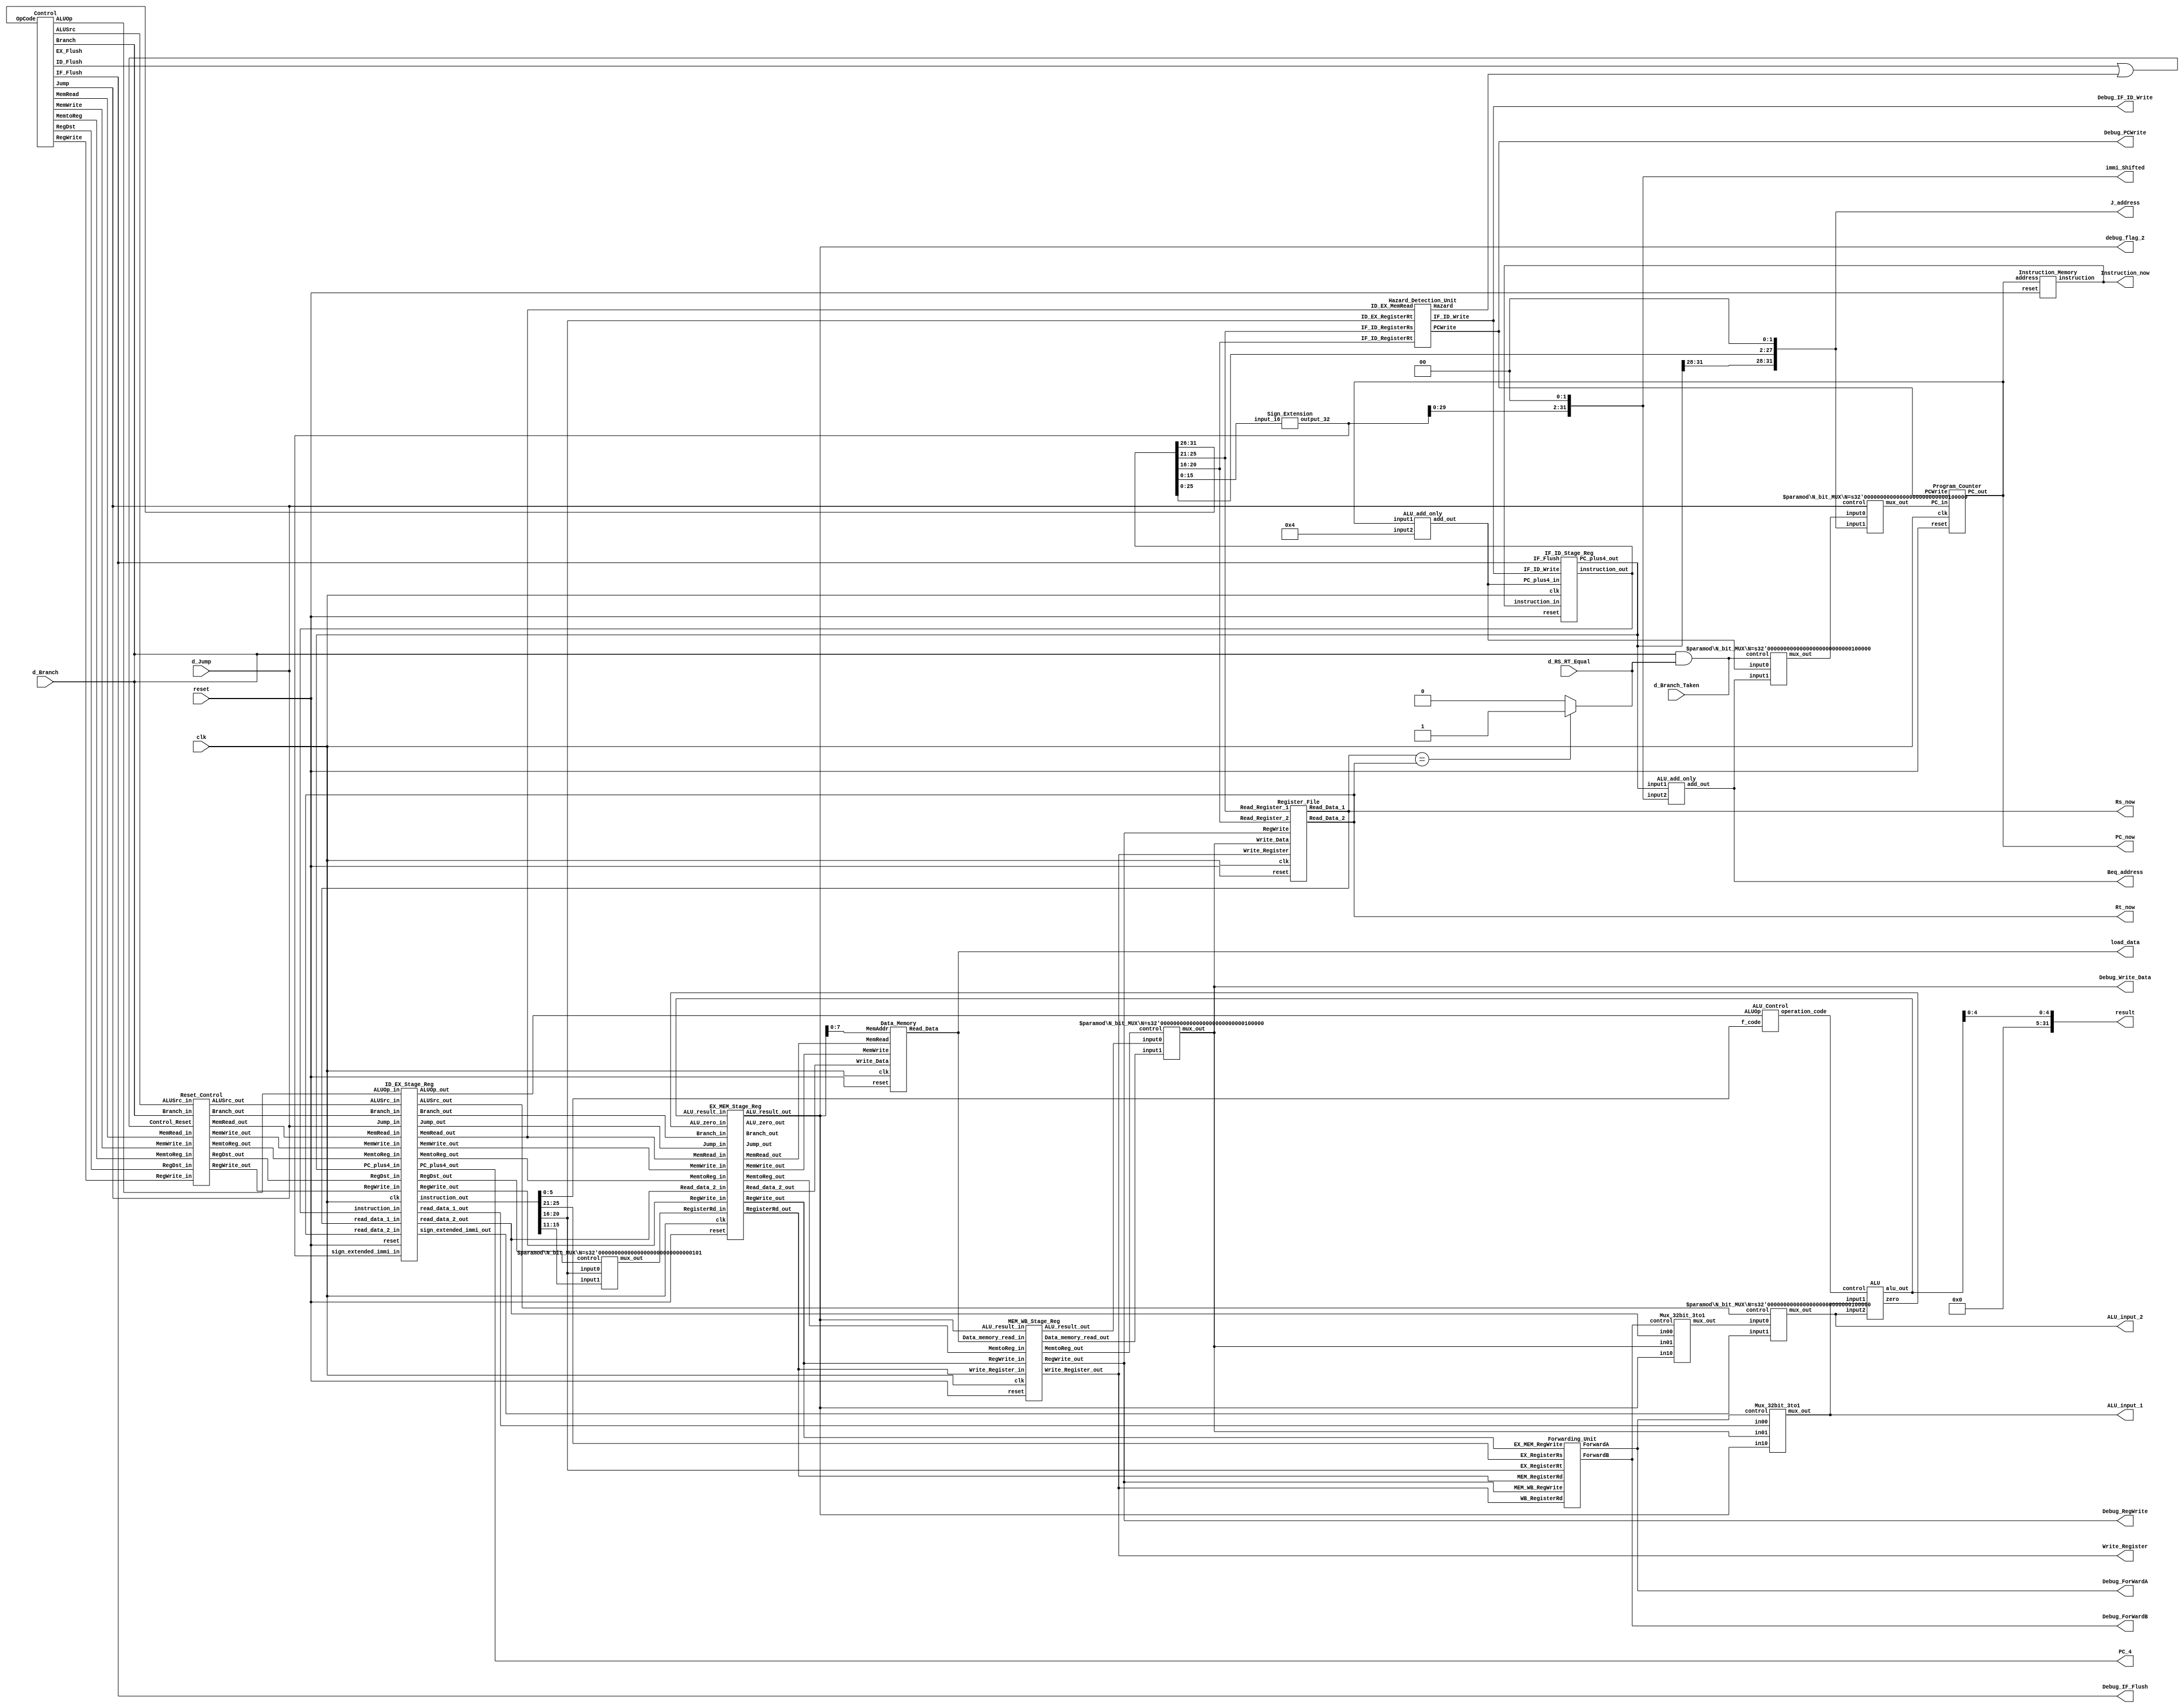
`timescale 1ns / 1ps
//////////////////////////////////////////////////////////////////////////////////
// Company: 
// Engineer: 
// 
// Design Name: 
// Module Name:    advanced_pipeline 
// Project Name: 
// Target Devices: 
// Tool versions: 
// Description: 
//
// Dependencies: 
//
// Revision: 
// Revision 0.01 - File Created
// Additional Comments: 
//
//////////////////////////////////////////////////////////////////////////////////

module advanced_pipeline (clk, reset, result, PC_now,
	d_Branch, d_Jump, d_RS_RT_Equal, d_Branch_Taken,
	Instruction_now, Rs_now, Rt_now, 
	ALU_input_1, ALU_input_2, immi_Shifted, PC_4,
	load_data, Beq_address, J_address, Write_Register,
	debug_flag_2, Debug_RegWrite, Debug_Write_Data,
	Debug_PCWrite, Debug_IF_ID_Write, Debug_IF_Flush,
	Debug_ForWardA, Debug_ForWardB);

	input clk, reset;
	output [31:0] result, PC_now; // ALU result, current PC value for Debugging
	input d_Branch, d_Jump, d_RS_RT_Equal, d_Branch_Taken;
	output [31:0] load_data; // Data_memory_read
	output [31:0] Instruction_now; // Fetch stage instruction 
	output [31:0] Rs_now, Rt_now; // output from Register File 
	output [31:0] ALU_input_1, ALU_input_2; // ALU inputs
	output [31:0] PC_4, Beq_address, immi_Shifted; // for Branch Address Debugging
	output [31:0] J_address; // Jump Address
	output [4:0] Write_Register; // Rd value
	output [31:0] debug_flag_2, Debug_Write_Data; // ALU_result in MEM stage, Write_Data for Register File
	output Debug_RegWrite; // RegWrite Op Flag
	output Debug_PCWrite, Debug_IF_ID_Write, Debug_IF_Flush;

	output [1:0] Debug_ForWardA, Debug_ForWardB;


	// IF stage
	wire [31:0] PC_in;
	wire [31:0] PC_out;
	wire [31:0] PC_plus4;
	wire [31:0] IF_instruction;
	wire [31:0] Branch_MUX_output;
	wire [31:0] Jump_MUX_output;
	wire PCWrite;
	wire IF_ID_Write;
	wire Branch_taken;

	// ID stage
	wire [31:0] ID_PC_plus4;
	wire [31:0] ID_instruction;
	wire [31:0] Read_data_1, Read_data_2;
	wire [31:0] sign_extended_immi;
	wire [31:0] Jump_Address;
	wire [31:0] ID_Shifted_immi;
	wire [31:0] ID_Branch_addr;
	wire ALUSrc, RegWrite;
	wire RegDst, Jump, Branch;
	wire MemRead, MemtoReg, MemWrite;
	wire RegDst_t, Jump_t, Branch_t;
	wire MemRead_t, MemtoReg_t, MemWrite_t;
	wire IF_Flush, ID_Flush, EX_Flush;
	wire Rs_Rt_equal;
	wire [1:0] ALUOp;
	wire Hazard, Control_Reset;

	// EX stage
	wire [31:0] EX_PC_plus4;
	wire [31:0] EX_instruction;
	wire [31:0] EX_Read_data_1, EX_Read_data_2;
	wire [31:0] EX_sign_extended_immi;
	wire EX_ALUSrc, EX_RegWrite;
	wire EX_RegDst, EX_Jump, EX_Branch;
	wire EX_MemRead, EX_MemtoReg, EX_MemWrite;
	wire [1:0] EX_ALUOp;
	wire [4:0] EX_Write_Register;
	wire [3:0] operation_code;

	wire [31:0] Branch_addr;
	wire [31:0] Shifted_immi;
	wire [31:0] ALU_input_B;
	wire [31:0] ALU_result;
	wire ALU_zero;

	wire [1:0] ForwardA, ForwardB;
	wire [31:0] muxA_out, muxB_out;


	// MEM stage
	wire [31:0] MEM_ALU_result, MEM_Read_data_2;
	wire [4:0] MEM_Write_Register;
	wire [31:0] Data_memory_read;
	wire [31:0] MEM_Branch_addr;
	wire MEM_RegWrite, MEM_MemtoReg, MEM_Branch;
	wire MEM_MemRead, MEM_MemWrite, MEM_Jump;
	wire MEM_ALU_zero;
	wire PCSrc;

	// WB stage
	wire [31:0] WB_Data_memory_read, WB_ALU_result;
	wire [4:0] WB_Write_Register;
	wire [31:0] WB_Write_Data;
	wire WB_RegWrite, WB_MemtoReg;

	//////////////////////////////////
	//// Instruction Fetch stage /////
	//////////////////////////////////
	Program_Counter program_counter (.clk(clk), .reset(reset),
	 .PC_in(PC_in), .PC_out(PC_out), .PCWrite(PCWrite));
	Instruction_Memory instruction_memory (.address(PC_out),
	 .instruction(IF_instruction), .reset(reset));
	ALU_add_only pc_add_4 (.input1(PC_out), .input2(32'b0100), .add_out(PC_plus4));
	
	assign Debug_PCWrite = PCWrite;
	assign Debug_IF_Flush = IF_Flush;

	assign Branch_taken = Branch & Rs_Rt_equal;
	N_bit_MUX #(32) branch_mux (.input0(PC_plus4), .input1(ID_Branch_addr), 
	 .mux_out(Branch_MUX_output), .control(Branch_taken));
	N_bit_MUX #(32) jump_mux (.input0(Branch_MUX_output), .input1(Jump_Address), 
	 .mux_out(PC_in), .control(Jump));

	assign d_Jump = Jump;
	assign d_Branch = Branch;
	assign d_RS_RT_Equal = Rs_Rt_equal;
	assign d_Branch_Taken = Branch_taken;
	
	IF_ID_Stage_Reg IF_ID_Stage_Unit (.clk(clk), .reset(reset),
	 .IF_ID_Write(IF_ID_Write), .IF_Flush(IF_Flush),
	 .PC_plus4_in(PC_plus4), .PC_plus4_out(ID_PC_plus4),
	 .instruction_in(IF_instruction), .instruction_out(ID_instruction));
	
	assign PC_now = PC_out;
	assign Instruction_now = IF_instruction;
	assign Debug_IF_ID_Write = IF_ID_Write;

	//////////////////////////////////
	//// Instruction Decode stage ////
	//////////////////////////////////

	assign Debug_RegWrite = WB_RegWrite;
	assign Debug_Write_Data = WB_Write_Data;

	Register_File regfile_Unit (.clk(clk), .reset(reset),
	 .Read_Register_1(ID_instruction[25:21]), 
	 .Read_Register_2(ID_instruction[20:16]), 
	 .Write_Register(WB_Write_Register), .Write_Data(WB_Write_Data),
	 .Read_Data_1(Read_data_1), .Read_Data_2(Read_data_2), 
	 .RegWrite(WB_RegWrite));
	assign Rs_Rt_equal = (Read_data_1 == Read_data_2)?1:0;
	assign Jump_Address = {ID_PC_plus4[31:28], ID_instruction[25:0], 2'b00}; 
	Sign_Extension immi_sign_extension (.input_16(ID_instruction[15:0]), .output_32(sign_extended_immi));
	assign ID_Shifted_immi = { sign_extended_immi[29:0], 2'b00 };
	ALU_add_only alu_add_only_unit (.input1(ID_PC_plus4), 
	.input2(ID_Shifted_immi), .add_out(ID_Branch_addr)); 

	assign immi_Shifted = ID_Shifted_immi;
	assign Beq_address = ID_Branch_addr;
	assign J_address = Jump_Address;

 	Hazard_Detection_Unit hazard_detection_unit (.ID_EX_RegisterRt(EX_instruction[20:16]), .ID_EX_MemRead(EX_MemRead), 
	 .IF_ID_RegisterRs(ID_instruction[25:21]), .IF_ID_RegisterRt(ID_instruction[20:16]),
	 .PCWrite(PCWrite), .IF_ID_Write(IF_ID_Write), .Hazard(Hazard));
	Control control_unit (.OpCode(ID_instruction[31:26]),
	 .RegDst(RegDst), .Jump(Jump), .Branch(Branch), 
	 .MemRead(MemRead), .MemtoReg(MemtoReg), .ALUOp(ALUOp), 
	 .MemWrite(MemWrite), .ALUSrc(ALUSrc), .RegWrite(RegWrite),
	 .IF_Flush(IF_Flush), .ID_Flush(ID_Flush), .EX_Flush(EX_Flush));
	
	or (Control_Reset, ID_Flush, Hazard);
	Reset_Control reset_control_unit(
	 .RegDst_in(RegDst), .ALUSrc_in(ALUSrc), .Branch_in(Branch), 
	 .MemRead_in(MemRead), .MemtoReg_in(MemtoReg), 
	 .MemWrite_in(MemWrite), .RegWrite_in(RegWrite), 
	 .RegDst_out(RegDst_t), .ALUSrc_out(ALUSrc_t), .Branch_out(Branch_t), 
	 .MemRead_out(MemRead_t), .MemtoReg_out(MemtoReg_t), 
	 .MemWrite_out(MemWrite_t), .RegWrite_out(RegWrite_t),
	 .Control_Reset(Control_Reset));
	ID_EX_Stage_Reg ID_EX_Stage_Unit (.clk(clk), .reset(reset),
	 .RegWrite_in(RegWrite_t), .RegWrite_out(EX_RegWrite),
	 .MemtoReg_in(MemtoReg_t), .MemtoReg_out(EX_MemtoReg),
	 .Branch_in(Branch_t), .Branch_out(EX_Branch),
	 .MemRead_in(MemRead_t), .MemRead_out(EX_MemRead),
	 .MemWrite_in(MemWrite_t), .MemWrite_out(EX_MemWrite), 
	 .Jump_in(Jump), .Jump_out(EX_Jump),
	 .RegDst_in(RegDst_t), .RegDst_out(EX_RegDst),
	 .ALUSrc_in(ALUSrc_t), .ALUSrc_out(EX_ALUSrc), 
	 .ALUOp_in(ALUOp), .ALUOp_out(EX_ALUOp), 
	 .PC_plus4_in(ID_PC_plus4), .PC_plus4_out(EX_PC_plus4),
	 .read_data_1_in(Read_data_1), .read_data_1_out(EX_Read_data_1),
	 .read_data_2_in(Read_data_2), .read_data_2_out(EX_Read_data_2), 
	 .sign_extended_immi_in(sign_extended_immi), .sign_extended_immi_out(EX_sign_extended_immi), 
	 .instruction_in(ID_instruction), .instruction_out(EX_instruction));

	assign Rs_now = Read_data_1;
	assign Rt_now = Read_data_2;

	//////////////////////////////////
	///////   Execute  stage  ////////
	//////////////////////////////////
	N_bit_MUX #(5) write_reg_mux (.input0(EX_instruction[20:16]), .input1(EX_instruction[15:11]), 
	 .mux_out(EX_Write_Register), .control(EX_RegDst));
	ALU_Control alu_control_unit (.ALUOp(EX_ALUOp), .f_code(EX_instruction[5:0]), .operation_code(operation_code));

	Forwarding_Unit forwarding_unit (.EX_RegisterRs(EX_instruction[25:21]), .EX_RegisterRt(EX_instruction[20:16]), 
	.MEM_RegisterRd(MEM_Write_Register), .WB_RegisterRd(WB_Write_Register), 
	.EX_MEM_RegWrite(MEM_RegWrite), .MEM_WB_RegWrite(WB_RegWrite),
	.ForwardA(ForwardA), .ForwardB(ForwardB));
	Mux_32bit_3to1 ALU_MuxA (.in00(EX_Read_data_1), .in01(WB_Write_Data), .in10(MEM_ALU_result), 
		.mux_out(muxA_out), .control(ForwardA));
	Mux_32bit_3to1 ALU_MuxB (.in00(EX_Read_data_2), .in01(WB_Write_Data), .in10(MEM_ALU_result), 
		.mux_out(muxB_out), .control(ForwardB));

	assign Debug_ForWardA = ForwardA;
	assign Debug_ForWardB = ForwardB;

	N_bit_MUX #(32) alu_input_mux (.input0(muxB_out), .input1(EX_sign_extended_immi), 
	 .mux_out(ALU_input_B), .control(EX_ALUSrc));
	ALU alu_unit (.input1(muxA_out), .input2(ALU_input_B), 
	 .alu_out(ALU_result), .zero(ALU_zero), .control(operation_code));	
	
	EX_MEM_Stage_Reg EX_MEM_Stage_Unit ( .clk(clk), .reset(reset),
	.RegWrite_in(EX_RegWrite), .RegWrite_out(MEM_RegWrite),
	.MemtoReg_in(EX_MemtoReg), .MemtoReg_out(MEM_MemtoReg),
	.Branch_in(EX_Branch), .Branch_out(MEM_Branch),
	.MemRead_in(EX_MemRead), .MemRead_out(MEM_MemRead),
	.MemWrite_in(EX_MemWrite),.MemWrite_out(MEM_MemWrite),
	.Jump_in(EX_Jump), .Jump_out(MEM_Jump),
	.ALU_zero_in(ALU_zero), .ALU_zero_out(MEM_ALU_zero),
	.ALU_result_in(ALU_result), .ALU_result_out(MEM_ALU_result),
	.Read_data_2_in(EX_Read_data_2), .Read_data_2_out(MEM_Read_data_2), 
	.RegisterRd_in(EX_Write_Register), .RegisterRd_out(MEM_Write_Register));

	assign PC_4 = EX_PC_plus4;
	assign ALU_input_1 = muxA_out;
	assign ALU_input_2 = ALU_input_B;
	
	assign result = { 27'b0, ALU_result[4:0]};

	//////////////////////////////////
	///////   Memory  stage  /////////
	//////////////////////////////////
	Data_Memory data_memory_unit (.clk(clk), .reset(reset), .MemAddr(MEM_ALU_result[7:0]), 
	 .Write_Data(MEM_Read_data_2), .Read_Data(Data_memory_read), 
	 .MemRead(MEM_MemRead), .MemWrite(MEM_MemWrite));
	and (PCSrc, MEM_Branch, MEM_ALU_zero);

	assign debug_flag_2 = MEM_ALU_result;
	assign load_data = Data_memory_read;

	MEM_WB_Stage_Reg MEM_WB_Stage_Unit (.clk(clk), .reset(reset),
	.RegWrite_in(MEM_RegWrite), .RegWrite_out(WB_RegWrite), 
	.MemtoReg_in(MEM_MemtoReg), .MemtoReg_out(WB_MemtoReg), 
	.Data_memory_read_in(Data_memory_read), .Data_memory_read_out(WB_Data_memory_read), 
	.ALU_result_in(MEM_ALU_result), .ALU_result_out(WB_ALU_result),
	.Write_Register_in(MEM_Write_Register), .Write_Register_out(WB_Write_Register));
	
	//////////////////////////////////
	///   Write Back stage      //////
	//////////////////////////////////
	N_bit_MUX #(32) write_data_mux (.input0(WB_ALU_result), .input1(WB_Data_memory_read), 
	 .mux_out(WB_Write_Data), .control(WB_MemtoReg));

	assign Write_Register = WB_Write_Register;
endmodule

// IF/ID stage register
module IF_ID_Stage_Reg (clk, reset, 
	PC_plus4_in, PC_plus4_out, 
	instruction_in, instruction_out,
	IF_ID_Write, IF_Flush);

	input clk, reset;
	input [31:0] PC_plus4_in, instruction_in;
	output reg [31:0] PC_plus4_out, instruction_out;

	// Hazard
	input IF_Flush, IF_ID_Write;

	always @(posedge clk or posedge reset) begin

		if (reset) begin
			PC_plus4_out <= 32'b0;
			instruction_out <= 32'b0;
		end

		else if (IF_Flush) begin
			// TODO : Check condition
			// PC_plus4_out <= 32'b0;
			// PC_plus4_out <= PC_plus4_in;
			instruction_out <= 32'b0;
		end	

		else if (IF_ID_Write) begin
			PC_plus4_out <= PC_plus4_in;
			instruction_out <= instruction_in;
		end
	end
	
endmodule


// ID/EX stage register
module ID_EX_Stage_Reg (clk, reset, RegWrite_in, RegWrite_out, MemtoReg_in, MemtoReg_out,
	Branch_in, Branch_out, MemRead_in, MemRead_out, MemWrite_in, MemWrite_out,
	Jump_in, Jump_out, RegDst_in, RegDst_out, ALUSrc_in, ALUSrc_out, ALUOp_in, ALUOp_out,
	PC_plus4_in, PC_plus4_out, read_data_1_in, read_data_1_out, 
	read_data_2_in, read_data_2_out, 
	sign_extended_immi_in, sign_extended_immi_out,
	instruction_in, instruction_out);

	// WB control signal
	input RegWrite_in, MemtoReg_in;
	output reg RegWrite_out, MemtoReg_out;
	// MEM control signal
	input Branch_in, MemRead_in, MemWrite_in, Jump_in;
	output reg Branch_out, MemRead_out, MemWrite_out, Jump_out;
	// EX control signal
	input RegDst_in, ALUSrc_in;
	output reg RegDst_out, ALUSrc_out;
	input [1:0] ALUOp_in;
	output reg [1:0] ALUOp_out;
	// addr content
	input [31:0] PC_plus4_in;
	output reg [31:0] PC_plus4_out;
	// data content
	input [31:0] read_data_1_in, read_data_2_in, sign_extended_immi_in;
	output reg [31:0] read_data_1_out, read_data_2_out, sign_extended_immi_out;
	// reg content
	input [31:0] instruction_in;
	output reg [31:0] instruction_out;
	// general signal
	input clk, reset;
	
	always @(posedge clk or posedge reset) begin
		if (reset) begin
			RegWrite_out <= 1'b0; MemtoReg_out <= 1'b0;
			Branch_out <= 1'b0; MemRead_out <= 1'b0;
			MemWrite_out <= 1'b0; Jump_out <= 1'b0;
			RegDst_out <= 1'b0; ALUSrc_out <= 1'b0;
			ALUOp_out <= 2'b0;

			PC_plus4_out <= 32'b0; 
			read_data_1_out <= 32'b0; read_data_2_out <= 32'b0; 
			sign_extended_immi_out <= 32'b0;
			instruction_out <= 32'b0;	
		end

		else begin
			RegWrite_out <= RegWrite_in; MemtoReg_out <= MemtoReg_in;
			Branch_out <= Branch_in; MemRead_out <= MemRead_in;
			MemWrite_out <= MemWrite_in; Jump_out <= Jump_in;
			RegDst_out <= RegDst_in; ALUSrc_out <= ALUSrc_in;
			ALUOp_out <= ALUOp_in; PC_plus4_out <= PC_plus4_in;
			sign_extended_immi_out <= sign_extended_immi_in;
			read_data_1_out <= read_data_1_in; 
			read_data_2_out <= read_data_2_in;
			instruction_out <= instruction_in;
		end	
	end	
endmodule

// EX/MEM stage register
module EX_MEM_Stage_Reg (clk, reset,
	RegWrite_in, RegWrite_out, MemtoReg_in, MemtoReg_out, 
	Branch_in, Branch_out, MemRead_in, MemRead_out, 
	MemWrite_in, MemWrite_out, Jump_in, Jump_out,
	ALU_zero_in, ALU_zero_out, 
	ALU_result_in, ALU_result_out, Read_data_2_in, Read_data_2_out, 
	RegisterRd_in, RegisterRd_out);

	// WB control signal
	input RegWrite_in, MemtoReg_in;
	output reg RegWrite_out, MemtoReg_out;
	// MEM control signal
	input Branch_in, MemRead_in, MemWrite_in, Jump_in;
	output reg Branch_out, MemRead_out, MemWrite_out, Jump_out;
	// data content
	input ALU_zero_in;
	output reg ALU_zero_out;
	// results
	input [31:0] ALU_result_in, Read_data_2_in;
	output reg [31:0] ALU_result_out, Read_data_2_out;
	// registers
	input [4:0] RegisterRd_in;
	output reg [4:0] RegisterRd_out;
	// general signal
	input clk, reset;

	always @(posedge clk or posedge reset) begin
		if (reset) begin
		  RegWrite_out <= 1'b0; MemtoReg_out <= 1'b0;
		  Branch_out <= 1'b0; MemRead_out <= 1'b0;
		  MemWrite_out <= 1'b0; Jump_out <= 1'b0;
		  ALU_zero_out <= 1'b0;
		  ALU_result_out <= 32'b0; Read_data_2_out <= 32'b0;
		  RegisterRd_out <= 5'b0; 
		end

		else begin
		  RegWrite_out <= RegWrite_in; MemtoReg_out <= MemtoReg_in;
		  Branch_out <= Branch_in; MemRead_out <= MemRead_in;
		  MemWrite_out <= MemWrite_in; Jump_out <= Jump_in;
		  ALU_zero_out <= ALU_zero_in;
		  ALU_result_out <= ALU_result_in; Read_data_2_out <= Read_data_2_in;
		  RegisterRd_out <= RegisterRd_in;
		end

	end

endmodule

// MEM/WB stage register
module MEM_WB_Stage_Reg (RegWrite_in, RegWrite_out,
	MemtoReg_in, MemtoReg_out, 
	Data_memory_read_in, Data_memory_read_out,
	ALU_result_in, ALU_result_out,
	Write_Register_in, Write_Register_out, clk, reset);
	
	// WB control signal
	input RegWrite_in, MemtoReg_in;
	output reg RegWrite_out, MemtoReg_out;
	// data content
	input [31:0] Data_memory_read_in, ALU_result_in;
	output reg [31:0] Data_memory_read_out, ALU_result_out;
	input [4:0] Write_Register_in;
	output reg [4:0] Write_Register_out;
	// general signal
	input clk, reset;
	
	always @(posedge clk or posedge reset) begin
		if (reset) begin
			RegWrite_out <= 1'b0; MemtoReg_out <= 1'b0;
			Data_memory_read_out <= 32'b0;  ALU_result_out <= 32'b0;
			Write_Register_out <= 5'b0;
		end

		else begin
			RegWrite_out <= RegWrite_in; MemtoReg_out <= MemtoReg_in;
			Data_memory_read_out <= Data_memory_read_in; ALU_result_out <= ALU_result_in;
			Write_Register_out <= Write_Register_in;
		end
	end
endmodule

// PC
module Program_Counter (clk, reset, PC_in, PC_out, PCWrite);

	input PCWrite;
	input clk, reset;
	input [31:0] PC_in;

	output reg [31:0] PC_out;

	always @ (posedge clk or posedge reset)	begin
		if (reset)
			PC_out <= 0;
		else if (PCWrite)
			PC_out <= PC_in;
	end
endmodule

// contains hard-code instructions
module Instruction_Memory (address, instruction, reset);
	input reset;
	input [31:0] address;
	output [31:0] instruction;

	reg [31:0] mem [7:0]; // 8 instructions
	integer k;
	
	// get instruction right away
	assign instruction = mem[address[6:2]];

	// Initial setup at reset posedge
	always @(posedge reset) begin
		for (k = 0; k < 8; k = k + 1) begin
			mem[k] = 32'b0; // add $0 $0 $0
		end

		mem[0] = 32'b100011_00010_00001_0000000000000100; // lw $1, 4($2)
		mem[1] = 32'b000000_00001_00101_00100_00000_100010; // sub $4, $1, $5
		mem[2] = 32'b000000_00001_00111_00110_00000_100100; // and $6, $1, $7
		mem[3] = 32'b000000_00001_01001_01000_00000_100101; // or $8, $1, $9
		mem[4] = 32'b000100_00110_00000_1111111111111011; // beq $6, $0, Label (-5)
	end
endmodule

// 32-bit ALU for addition only
module ALU_add_only (input1, input2, add_out);
	input [31:0] input1, input2;
	output [31:0] add_out;

	assign add_out=input1+input2;
endmodule

// N_bit_MUX for Usability
module N_bit_MUX (input0, input1, mux_out, control);
	parameter N = 32;
	
	input [N-1:0] input0, input1;
	input control;
	output [N-1:0] mux_out;

	assign mux_out = control ? input1 : input0;
endmodule

// sync register file (write/read occupy half cycle each)
// write: on rising edge; data width 32 bit; address width 5 bit
// read: on falling edge; data width 32 bit; address width 5 bit
module Register_File (Read_Register_1, Read_Register_2, 
	Write_Register, Write_Data, Read_Data_1, Read_Data_2,
	RegWrite, clk, reset);

	input [4:0] Read_Register_1, Read_Register_2, Write_Register;
	input [31:0] Write_Data;
	input clk, reset, RegWrite;
	output reg [31:0] Read_Data_1, Read_Data_2;

	reg [31:0] mem [15:0];
	integer k;
 	
	always @(posedge clk or posedge reset) begin
		if (reset) begin
			for (k = 0; k < 16; k = k + 1) begin
				mem[k] <= 32'b0;
			end
			mem[1] <= 20;
			mem[2] <= 8;
			mem[5] <= 2;
			mem[6] <= 0;
			mem[7] <= 1;
			mem[9] <= 3;
		end
		
		else if (RegWrite) begin
			mem[Write_Register] <= Write_Data;
		end

	end

	always @(*) begin
		Read_Data_1 <= mem[Read_Register_1];
		Read_Data_2 <= mem[Read_Register_2];
	end
endmodule

// sign-extend the 16-bit input to the 32_bit output
module Sign_Extension (input_16, output_32);
	input [15:0] input_16;
	output [31:0] output_32;
	
	assign output_32[15:0]  = input_16[15:0];
	assign output_32[31:16] = input_16[15] ? 16'b1111_1111_1111_1111: 16'b0;
endmodule

// Control Path
module Control (OpCode, RegDst,  MemRead, MemtoReg, ALUOp, MemWrite, ALUSrc, RegWrite,
	Jump, Branch, IF_Flush, ID_Flush, EX_Flush);

	input [5:0] OpCode;
	output [1:0] ALUOp;
	output RegDst, MemRead, MemtoReg, MemWrite, ALUSrc, RegWrite;
	output Jump, Branch;
	output IF_Flush, ID_Flush, EX_Flush;
	// 000000 : add, sub, and, or, slt
	// 001000 : addi 
	// 100011 : lw
	// 101011 : sw
	// 000100 : beq
	// 000010 : j

	// 000000 (R-format)
	assign RegDst=(~OpCode[5])&(~OpCode[4])&(~OpCode[3])&(~OpCode[2])&(~OpCode[1])&(~OpCode[0]);
	// 000000 (R-format)
	assign ALUOp[1]=(~OpCode[5])&(~OpCode[4])&(~OpCode[3])&(~OpCode[2])&(~OpCode[1])&(~OpCode[0]);
	// 000100 (beq)
	assign ALUOp[0]=(~OpCode[5])&(~OpCode[4])&(~OpCode[3])&(OpCode[2])&(~OpCode[1])&(~OpCode[0]);
	// 100011 (lw), 101011 (sw)
	assign ALUSrc=((OpCode[5])&(~OpCode[4])&(~OpCode[3])&(~OpCode[2])&(OpCode[1])&(OpCode[0]))  | 
					  ((OpCode[5])&(~OpCode[4])&(OpCode[3])&(~OpCode[2])&(OpCode[1])&(OpCode[0])); 
	// 100011 (lw)
	assign MemRead=(OpCode[5])&(~OpCode[4])&(~OpCode[3])&(~OpCode[2])&(OpCode[1])&(OpCode[0]);
	// 101011 (sw)
	assign MemWrite=(OpCode[5])&(~OpCode[4])&(OpCode[3])&(~OpCode[2])&(OpCode[1])&(OpCode[0]);
	// 100011 (lw)
	assign MemtoReg=(OpCode[5])&(~OpCode[4])&(~OpCode[3])&(~OpCode[2])&(OpCode[1])&(OpCode[0]);
	// 000000 (R-format), 001000 (addi), 001100, 100011 (lw)
	assign RegWrite=((~OpCode[5])&(~OpCode[4])&(~OpCode[3])&(~OpCode[2])&(~OpCode[1])&(~OpCode[0]))|
 	                ((~OpCode[5])&(~OpCode[4])&(OpCode[3])&(~OpCode[2])&(~OpCode[1])&(~OpCode[0])) |
						 ((OpCode[5])&(~OpCode[4])&(~OpCode[3])&(~OpCode[2])&(OpCode[1])&(OpCode[0]));

	// 000100 (beq)
	assign Branch=(~OpCode[5])&(~OpCode[4])&(~OpCode[3])&(OpCode[2])&(~OpCode[1])&(~OpCode[0]);
	// 000010 (j)
	assign Jump=(~OpCode[5])&(~OpCode[4])&(~OpCode[3])&(~OpCode[2])&(OpCode[1])&(~OpCode[0]);

	// only jump
	assign IF_Flush=(~OpCode[5])&(~OpCode[4])&(~OpCode[3])&(~OpCode[2])&(OpCode[1])&(~OpCode[0]);
	// jump or branch
	assign ID_Flush=(~OpCode[5])&(~OpCode[4])&(~OpCode[3])&(~OpCode[2])&(OpCode[1])&(~OpCode[0]) |
					(~OpCode[5])&(~OpCode[4])&(~OpCode[3])&(OpCode[2])&(~OpCode[1])&(~OpCode[0]);
	// Umm...
	assign EX_Flush=0;

endmodule

module ALU_Control (ALUOp, f_code, operation_code);
	input [1:0] ALUOp;
	input [5:0] f_code;
	output [3:0] operation_code;
	
	assign operation_code[3]=0;
	// 0  1   | x x x x x x branch => subtract
	// 1  0   | x x 0 0 1 0 => R-type subtract
	// 1  0   | x x 1 0 1 0 => R-type slt
	assign operation_code[2]=((~ALUOp[1])&(ALUOp[0])) |
						((ALUOp[1])&(~ALUOp[0])&(~f_code[3])&(~f_code[2])&(f_code[1])&(~f_code[0])) |
						((ALUOp[1])&(~ALUOp[0])&(f_code[3])&(~f_code[2])&(f_code[1])&(~f_code[0]));
	// 0  0   | x x x x x x lw or sw => add	
	// 0  1   | x x x x x x branch => subtract
	// 1  0   | x x 0 0 0 0 => R-type add 
	// 1  0   | x x 0 0 1 0 => R-type subtract
	// 1  0   | x x 1 0 1 0 => R-type slt
	assign operation_code[1]=((~ALUOp[1])&(~ALUOp[0])) |
							   ((~ALUOp[1])&(ALUOp[0]))  |
								((ALUOp[1])&(~ALUOp[0])&(~f_code[3])&(~f_code[2])&(~f_code[1])&(~f_code[0])) |
								((ALUOp[1])&(~ALUOp[0])&(~f_code[3])&(~f_code[2])&(f_code[1])&(~f_code[0]))  | 
								((ALUOp[1])&(~ALUOp[0])&(f_code[3])&(~f_code[2])&(f_code[1])&(~f_code[0]));
	// ALU OP | f_code field
	// 1  0   | x x 0 1 0 1 => R-type Or 
	// 1  0   | x x 1 0 1 0 => R-type slt
	assign operation_code[0]=((ALUOp[1])&(~ALUOp[0])&(~f_code[3])&(f_code[2])&(~f_code[1])&(f_code[0])) | 
								((ALUOp[1])&(~ALUOp[0])&(f_code[3])&(~f_code[2])&(f_code[1])&(~f_code[0]));	

endmodule

// 32-bit ALU
module ALU (input1, input2, alu_out, zero, control);
	// TODO : negative number handling
	input [31:0] input1, input2;
	input [3:0] control;

	output reg [31:0] alu_out;
	output reg zero;

	always @ (control or input1 or input2) begin
		case (control)
			// and
			4'b0000: begin alu_out<=input1&input2; zero<=0; end
			// or
			4'b0001: begin alu_out<=input1|input2; zero<=0; end
			// add
			4'b0010: begin alu_out<=input1+input2; zero<=0; end
			// subtract
			4'b0110: begin 
				if(input1 == input2) 
					zero <= 1; 
				else 
					zero <= 0; 
					alu_out <= input1 - input2; 
				end
			// slt 
			4'b0111: begin 
				zero <= 0; 
				if(input1 - input2 >= 32'h8000_0000) 
					alu_out <= 32'b1; 
				else
					alu_out <= 32'b0; 
				end
		default: begin 
			zero <= 0; 
			alu_out <= input1;
		end
		endcase
	end
endmodule

// Referred Previous Memory Project 
module Data_Memory (MemAddr, Write_Data, Read_Data, clk, reset, MemRead, MemWrite);
	input clk, reset;
	input MemRead, MemWrite;

	input [7:0] MemAddr;
	input [31:0] Write_Data;

	output reg [31:0] Read_Data;

	reg [31:0] mem [31:0];
	integer k;

	always @(*) begin
		if (reset) begin
			for (k = 0; k < 32; k = k + 1) begin
				mem[k] = 32'b0;
			end
			// mem[0xC] = 30;
			mem[3] = 30;
			mem[12] = 32'b0001_1110;
			mem[16] = 30;
			
		end

		else
			if (MemRead && !MemWrite) begin
				Read_Data = mem[MemAddr[7:2]];
			end

			else if (!MemRead && MemWrite) begin
				mem[MemAddr[7:2]] = Write_Data;
			end

		else begin
			Read_Data = 32'bx;
		end
	end
endmodule

module Forwarding_Unit (EX_RegisterRs, EX_RegisterRt, 
	MEM_RegisterRd, WB_RegisterRd, 
	EX_MEM_RegWrite, MEM_WB_RegWrite,
	// IF_ID_RegisterRs, IF_ID_RegisterRt, 
	ForwardA, ForwardB);
	// ForwardC, ForwardD);
	input [4:0] MEM_RegisterRd, WB_RegisterRd, EX_RegisterRs, EX_RegisterRt;
	// input [4:0] IF_ID_RegisterRs,IF_ID_RegisterRt;
	input EX_MEM_RegWrite, MEM_WB_RegWrite;
	// output ForwardC,ForwardD;
	output reg [1:0] ForwardA, ForwardB;
	// reg ForwardC,ForwardD;

	wire EX_HazardA, EX_HazardB;
	wire WB_HazardA, WB_HazardB;
	
	assign EX_HazardA = EX_MEM_RegWrite & (MEM_RegisterRd!=0) & (MEM_RegisterRd==EX_RegisterRs);
	assign EX_HazardB = EX_MEM_RegWrite & (MEM_RegisterRd!=0) & (MEM_RegisterRd==EX_RegisterRt);
	assign WB_HazardA = MEM_WB_RegWrite & (WB_RegisterRd!=0) & (WB_RegisterRd==EX_RegisterRs);
	assign WB_HazardB = MEM_WB_RegWrite & (WB_RegisterRd!=0) & (WB_RegisterRd==EX_RegisterRt);


	always@ (EX_MEM_RegWrite or MEM_WB_RegWrite or EX_HazardA or WB_HazardA or EX_HazardB or WB_HazardB) begin
		
		if(EX_HazardA)
			ForwardA<=2'b10;
		else if(!EX_HazardA & WB_HazardA)
			ForwardA<=2'b01;
		else
			ForwardA<=2'b00;

		if(EX_HazardB)
			ForwardB<=2'b10;
		else if(!EX_HazardB & WB_HazardB)
			ForwardB<=2'b01;
		else
			ForwardB<=2'b00;
	end

endmodule

module Hazard_Detection_Unit (ID_EX_RegisterRt, ID_EX_MemRead,
	IF_ID_RegisterRs, IF_ID_RegisterRt, 
	PCWrite, IF_ID_Write, Hazard);

	input [4:0] IF_ID_RegisterRs, IF_ID_RegisterRt;
	input [4:0] ID_EX_RegisterRt;
	input ID_EX_MemRead;
	
	output reg PCWrite, IF_ID_Write, Hazard;

	wire Rs_Stall, Rt_Stall;
	assign Rs_Stall=(ID_EX_RegisterRt==IF_ID_RegisterRs);
	assign Rt_Stall=(ID_EX_RegisterRt==IF_ID_RegisterRt);

	always@(*) begin

		if(ID_EX_MemRead & (Rs_Stall|Rt_Stall)) begin 
			PCWrite <= 0;
			IF_ID_Write <=0; 
			Hazard <= 1; 
		end
		
		else begin 
			PCWrite <= 1;
			IF_ID_Write <= 1;
			Hazard <= 0; 
		end
	end

endmodule

module Reset_Control (RegDst_in, ALUSrc_in, Branch_in, MemRead_in, 
	MemtoReg_in, MemWrite_in, RegWrite_in, Control_Reset,
	RegDst_out, ALUSrc_out, Branch_out, MemRead_out,
	MemtoReg_out, MemWrite_out, RegWrite_out);
	
	input RegDst_in, ALUSrc_in, Branch_in, MemRead_in;
	input MemtoReg_in, MemWrite_in, RegWrite_in;
	input Control_Reset;

	output RegDst_out, ALUSrc_out, Branch_out, MemRead_out;
	output MemtoReg_out, MemWrite_out, RegWrite_out;

	assign RegDst_out = Control_Reset ? 0 : RegDst_in;
	assign ALUSrc_out = Control_Reset ? 0 : ALUSrc_in;
	assign Branch_out = Control_Reset ? 0 : Branch_in;
	assign MemRead_out = Control_Reset ? 0 : MemRead_in;
	assign MemtoReg_out = Control_Reset ? 0 : MemtoReg_in;
	assign MemWrite_out = Control_Reset ? 0 : MemWrite_in;
	assign RegWrite_out = Control_Reset ? 0 : RegWrite_in;

endmodule

module Mux_32bit_3to1 (in00, in01, in10, mux_out, control);
	input [31:0] in00, in01, in10;
	output [31:0] mux_out;
	input [1:0] control;
	reg [31:0] mux_out;
	always @(in00 or in01 or in10 or control)
	begin
		case(control)
		2'b00:mux_out<=in00;
		2'b01:mux_out<=in01;
		2'b10:mux_out<=in10;
		default: mux_out<=in00;
		endcase
	end 
endmodule